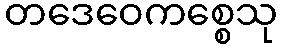
တဒေဝေကစ္စေသု